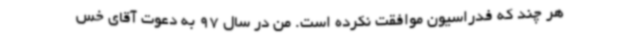
هر چند که فدراسیون موافقت نکرده است. من در سال 97 به دعوت آقای خس